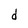
Character: d